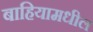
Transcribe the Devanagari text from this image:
बाहियामधील